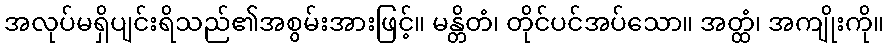
အလုပ်မရှိပျင်းရိသည်၏အစွမ်းအားဖြင့်။ မန္တိတံ၊ တိုင်ပင်အပ်သော။ အတ္ထံ၊ အကျိုးကို။